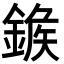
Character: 𨩀